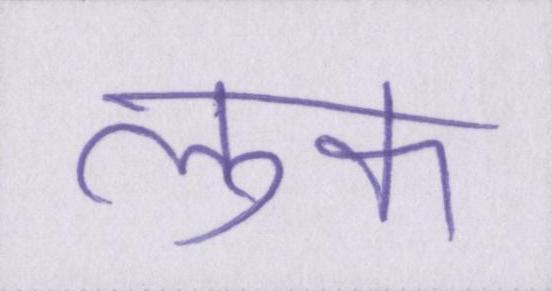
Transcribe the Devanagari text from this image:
लुक